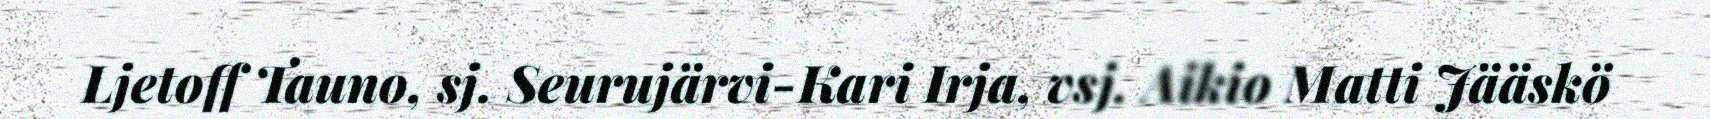
Ljetoff Tauno, sj. Seurujärvi-Kari Irja, vsj. Aikio Matti Jääskö